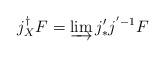
LaTeX: \begin{align*}j_{X}^{\dagger} F = \varinjlim j'_{*}j^{'-1} F\end{align*}